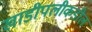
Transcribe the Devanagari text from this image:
खाडीपलीकडील